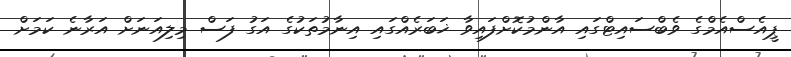
ޕީއެސްއެމްގެ ވެބްސައިޓްގައި އާންމުކޮށްފައިވާ ޚަބަރެއްގައި އިނާމުތަކުގެ އަގު ފަސް މިލިއަނަށް އަރާނެ ކަމަށް